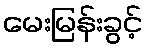
မေးမြန်းခွင့်